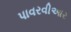
પાવરવીઆર